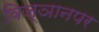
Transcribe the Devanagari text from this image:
विज्ञानपर